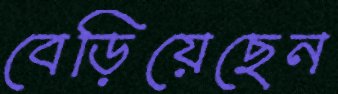
বেড়িয়েছেন